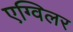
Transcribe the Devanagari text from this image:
एग्विलर